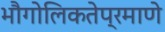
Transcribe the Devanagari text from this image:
भौगोलिकतेप्रमाणे